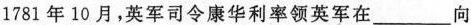
1781年10月，英军司令康华利率领英军在___向